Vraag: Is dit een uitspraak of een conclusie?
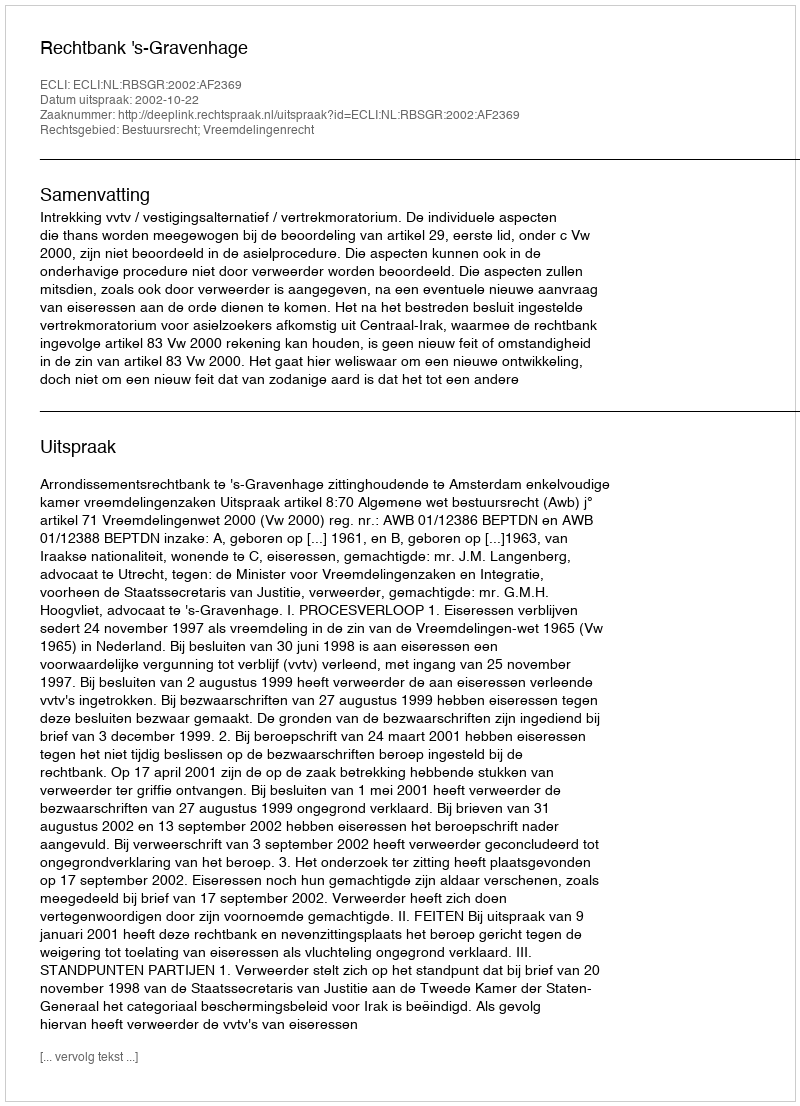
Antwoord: Uitspraak